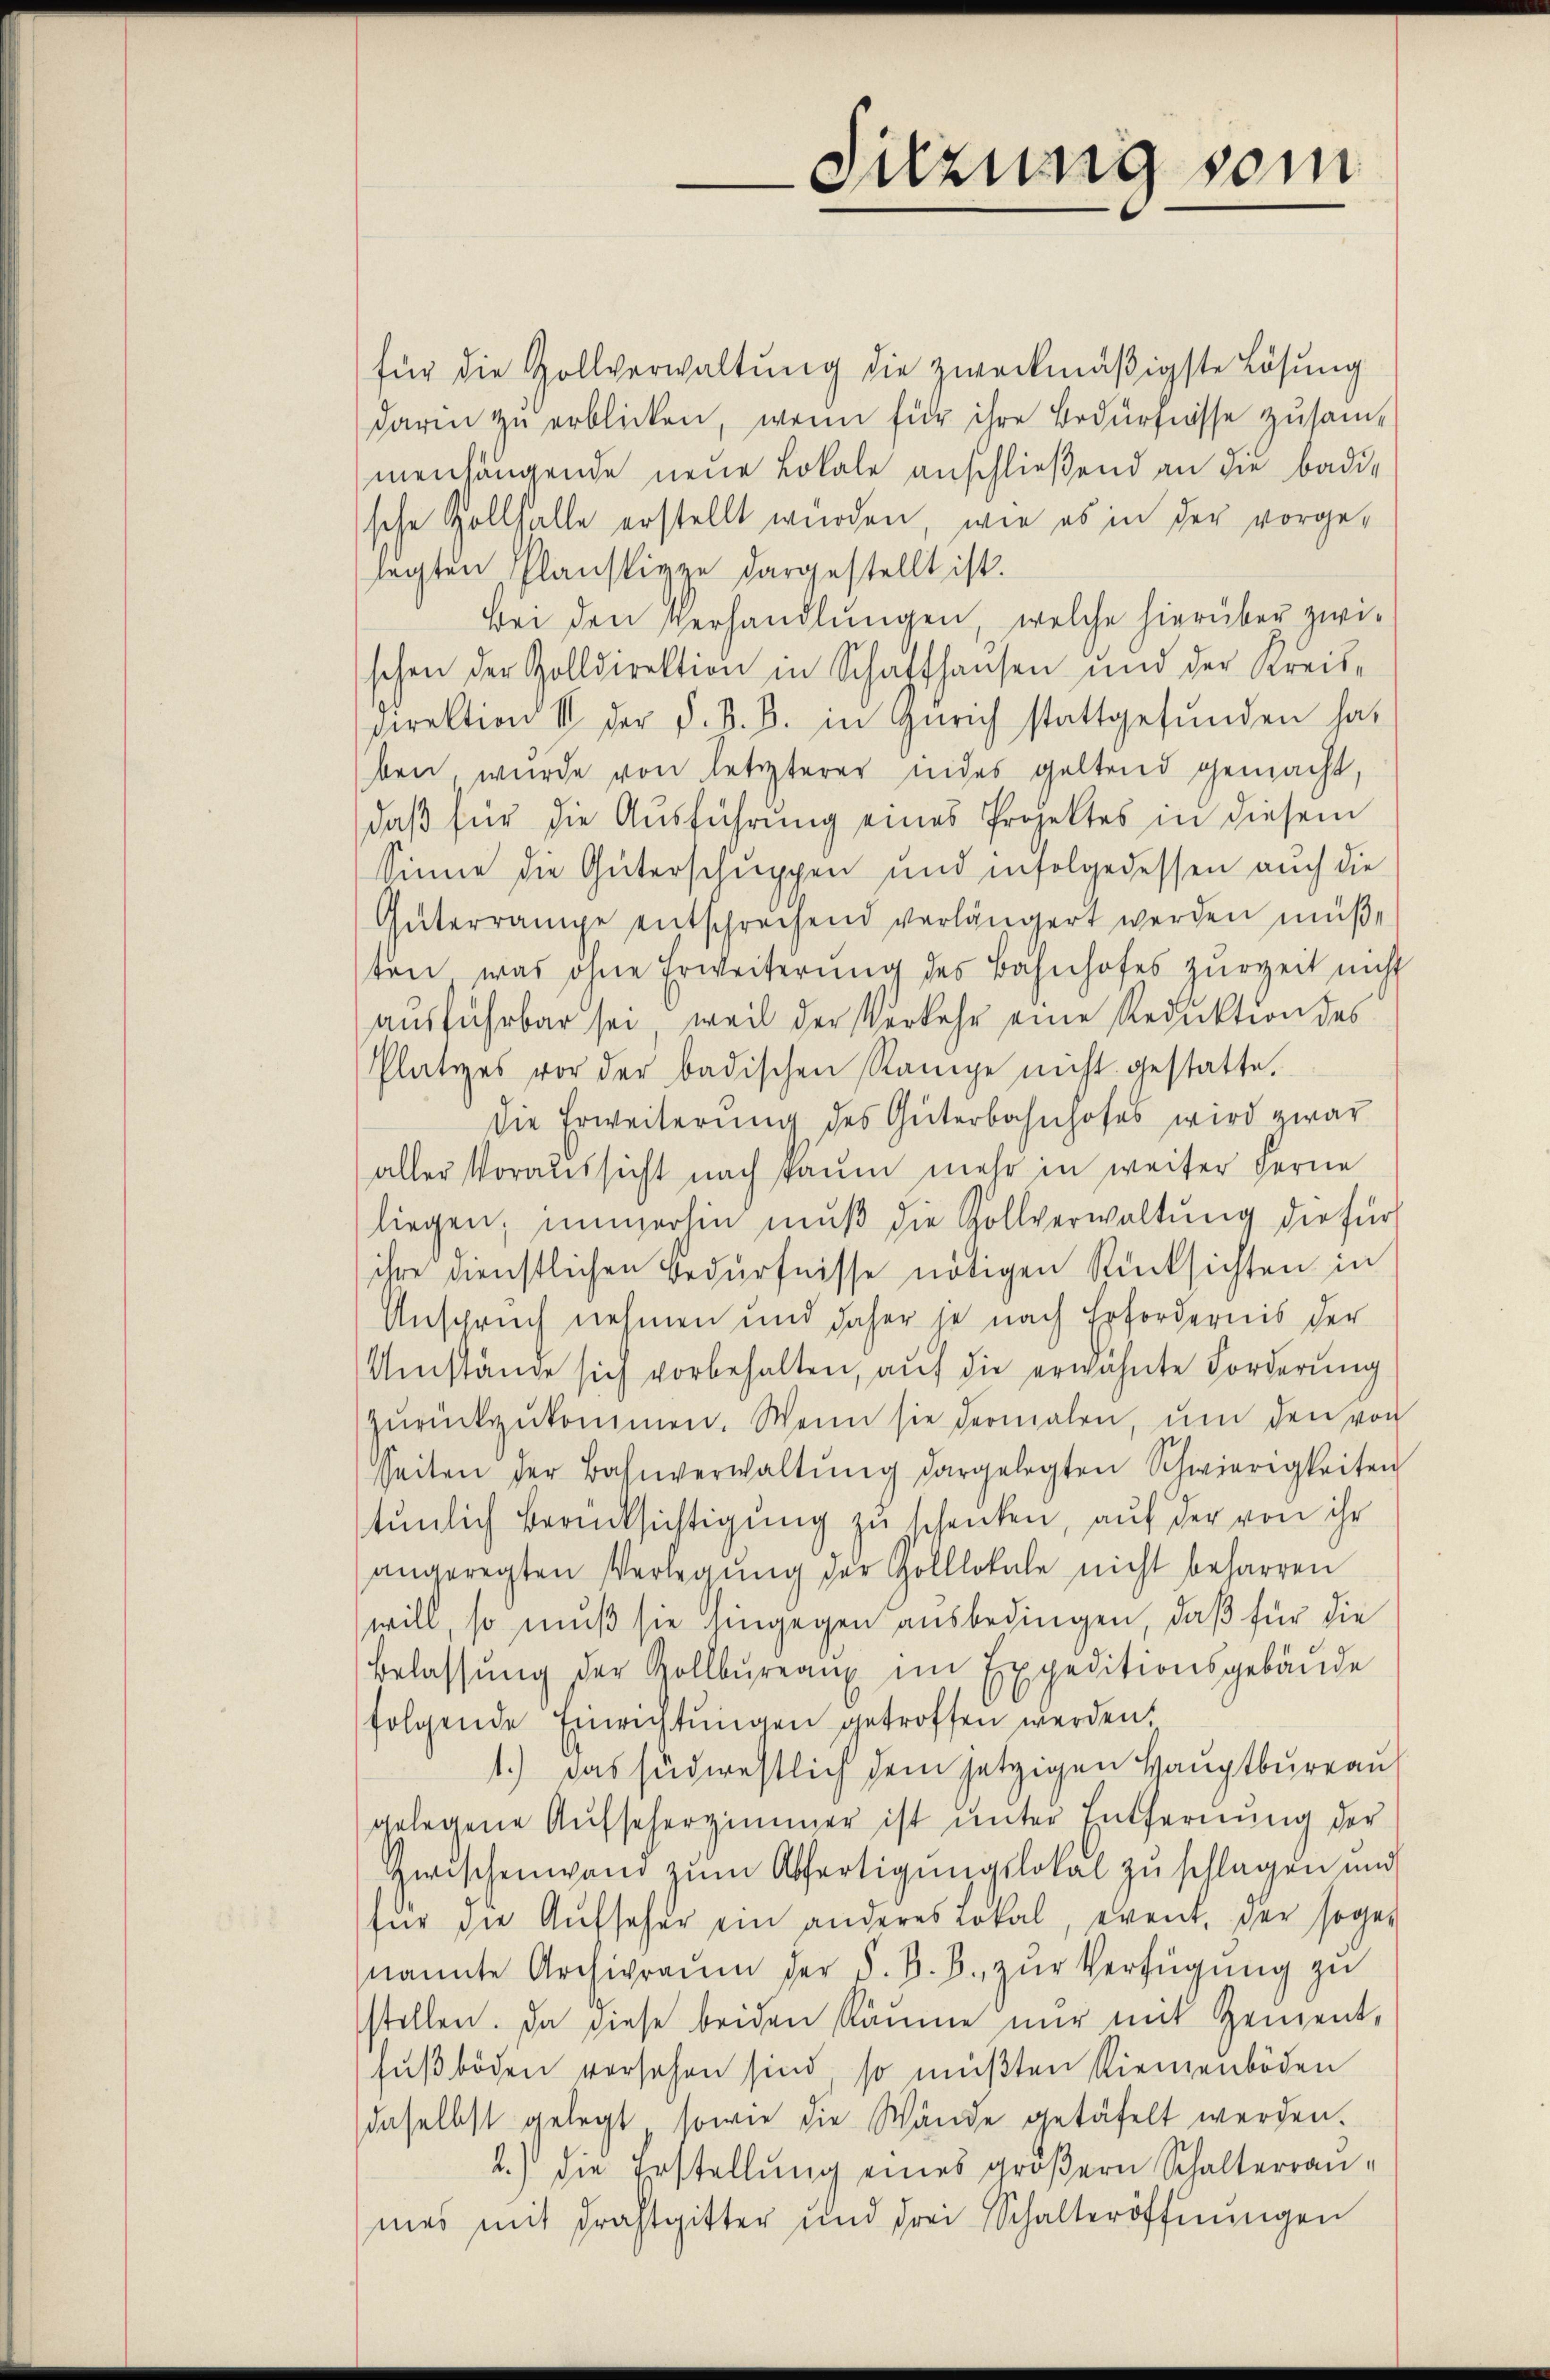
Suzung vom

für die Zollverwaltung die zweckmäßigste Lösung
darin zu erblicken, wenn für ihre Bedürfnisse zusammenhängende neue Lokale anschließend an die Badische Zollhalle erstellt wurden, wie es in der vorge-
lagten Planskizze dargestellt ist.
Bei den verhandlungen, welche hierüber zwischen der Zolldirektion in Schaffhausen und der Kreis-
Direktion II der d. d. B. in Zürich stattgefŭnden hat
ben wurde von letzterer indes geltend gemacht,
daß für die Ausführung eines Projektes in diesem
Sinne die Güterschuppen und infolgedessen auch die
Güterrange entschrechend verlängert werden müße
ten, was ohne Erweiterung des Bahnhofes zurzeit nicht
ausführbar sei, weil der Verkehr eine Reduktion des
Platzes vor der badischen Range nicht gestatte.
die Erweiterung des Güterbahnhofes wird zwar
aller Voraussicht nach kaum mehr in weiter Ferne
liegen; immerhin muß die Zollverwaltung der für
ihre dienstlichen Bedürfnisse nötigen Rücksichten in
Anspruch nehmen und daher je nach Erfordernis der
Umstände sich vorbehalten, auf die erwähnte Forderung
zŭrückzŭkommen. Wenn sie dermalen, ŭm den von
seiten der Bahnverwaltŭng dargelegten Schwierigkeiten
tunlich Berücksichtigung zu schenken, auf der von ihr
angeregten Verlegung der Golllokale nicht beharren
will, so muß sie hingegen ausbedingen, daß für die
Belassŭng der Kollbüreaux im Expeditionsgebäude
folgende Einrichtungen getroffen werden.
1.) Das südwestlich dem jetzigen Hauptbureau
gelegene Aŭfseherzimmer ist unter Entfernŭng der
Zwischenwand zum Abfertigungslokal zu schlagen und
für die Aŭfseher ein anderes Lokal, event, der soge-
nannte Archivraŭm der d. B. B. zŭr Verfügung zu
stellen. Da diese beiden Räume nur mit Zement,
sŭβböden versehen sind so müßten Riemenböden
daselbst gelegt, sowie die Wände getäfelt werden.
2.) die Erstellung eines größern Schalterranmes mit drahtgitter und drei Schalteröffnungen